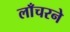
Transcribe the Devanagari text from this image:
लाँचरने